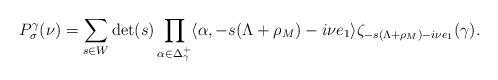
LaTeX: \begin{align*} P_\sigma^\gamma (\nu) = \sum_{s \in W} \det(s) \prod_{\alpha \in \Delta_\gamma^+} \langle \alpha, -s(\Lambda + \rho_M) - i \nu e_1\rangle \zeta_{-s(\Lambda + \rho_M) - i \nu e_1} (\gamma).\end{align*}